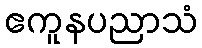
ဧကူနပညာသံ